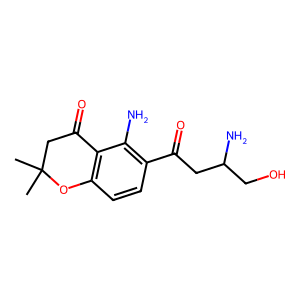
SMILES: CC1(C)CC(=O)c2c(ccc(C(=O)CC(N)CO)c2N)O1
Inhibits HIV replication: No